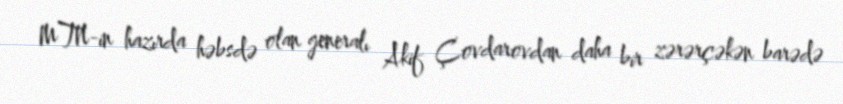
MTN-in hazırda həbsdə olan generalı Akif Çovdarovdan daha bir zərərçəkən barədə